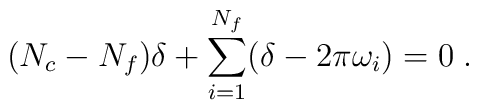
(N_c-N_f) \delta + \sum_{i=1}^{N_f} (\delta - 2\pi \omega_i) = 0 \;.